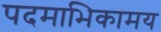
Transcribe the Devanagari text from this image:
पदमाभिकामय